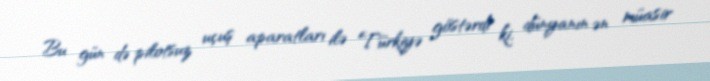
Bu gün də pilotsuz uçuş aparatları ilə Türkiyə göstərdi ki, dünyanın ən müasir